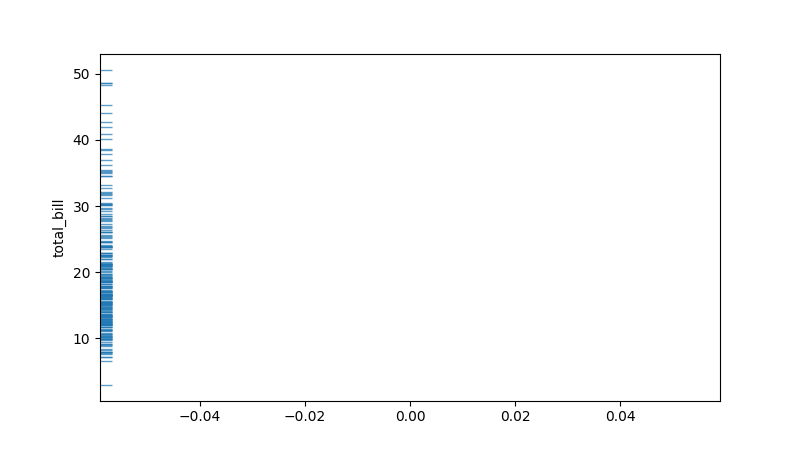
python, seaborn, rugplot, height=0.02, axis='y', alpha=0.7